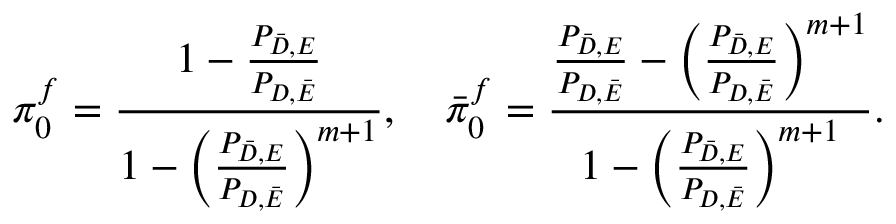
\pi _ { 0 } ^ { f } = \frac { 1 - \frac { P _ { \bar { { \cal { D } } } , { \cal { E } } } } { P _ { { \cal { D } } , \bar { { \cal { E } } } } } } { 1 - \left( \frac { P _ { \bar { { \cal { D } } } , { \cal { E } } } } { P _ { { \cal { D } } , \bar { { \cal { E } } } } } \right) ^ { m + 1 } } , \quad \bar { \pi } _ { 0 } ^ { f } = \frac { \frac { P _ { \bar { { \cal { D } } } , { \cal { E } } } } { P _ { { \cal { D } } , \bar { { \cal { E } } } } } - \left( \frac { P _ { \bar { { \cal { D } } } , { \cal { E } } } } { P _ { { \cal { D } } , \bar { { \cal { E } } } } } \right) ^ { m + 1 } } { 1 - \left( \frac { P _ { \bar { { \cal { D } } } , { \cal { E } } } } { P _ { { \cal { D } } , \bar { { \cal { E } } } } } \right) ^ { m + 1 } } .